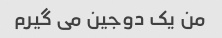
من یک دوجین می گیرم